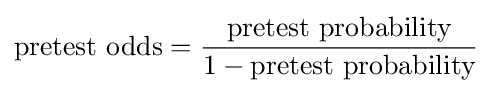
{\text{pretest odds}}={\frac {\text{pretest probability}}{1-{\text{pretest probability}}}}